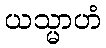
ယသ္မာဟံ